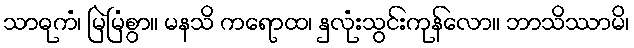
သာဓုကံ၊ မြဲမြံစွာ။ မနသိ ကရောထ၊ နှလုံးသွင်းကုန်လော။ ဘာသိဿာမိ၊